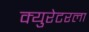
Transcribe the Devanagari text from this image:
क्युरेटरला